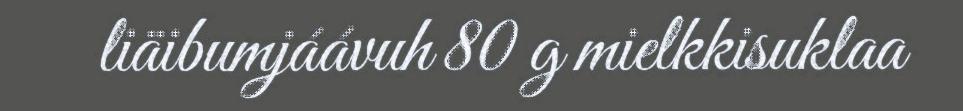
liäibumjáávuh 80 g mielkkisuklaa